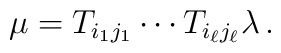
\mu = T_{i_1 j_1} \cdots T_{i_\ell j_\ell} \lambda \, .